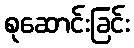
စုဆောင်းခြင်း